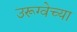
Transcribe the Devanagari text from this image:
उरूग्वेच्या